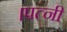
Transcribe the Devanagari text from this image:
।पत्नी